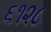
૬૧૨૮